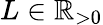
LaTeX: L\in\mathbb{R}_{>0}